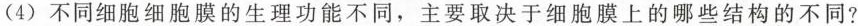
(4) 不同细胞细胞膜的生理功能不同，主要取决于细胞膜上的哪些结构的不同